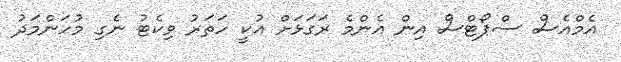
އެމްއެސް ސްޕޯޓްސް އިން އެންމެ ރަގަޅަށް އުކީ ހަތަރު ވިކެޓު ނެގި މުހަންމަދު